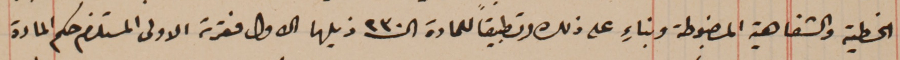
الخطية والشفاهية المضبوطة وبناءٍ على ذلك وتطبيقاً للمادة الـ٢٣٠ ذيلها الاول فقرته الاولى المستلزم حكم المادة